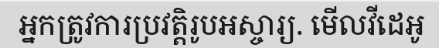
អ្នកត្រូវការប្រវត្តិរូបអស្ចារ្យ. មើលវីដេអូ